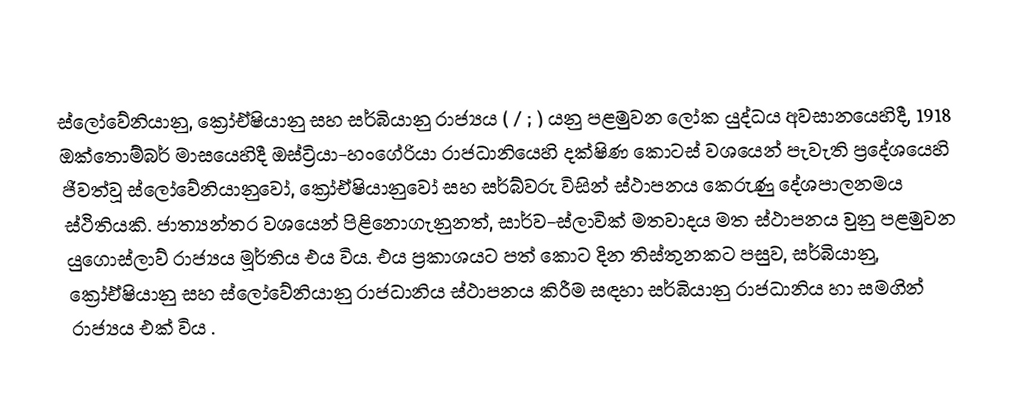
ස්ලෝවේනියානු, ක්‍රෝඒෂියානු සහ සර්බියානු රාජ්‍යය ( / ; ) යනු පළමුවන ලෝක යුද්ධය අවසානයෙහිදී, 1918 ඔක්තොම්බර් මාසයෙහිදී ඔස්ට්‍රියා-හංගේරියා රාජධානියෙහි දක්ෂිණ කොටස් වශයෙන් පැවැති ප්‍රදේශයෙහි ජීවත්වූ ස්ලෝවේනියානුවෝ, ක්‍රෝඒෂියානුවෝ  සහ සර්බ්වරු විසින් ස්ථාපනය කෙරුණු දේශපාලනමය ස්ථිතියකි. ජාත්‍යන්තර වශයෙන් පිළිනොගැනුනත්, සාර්ව-ස්ලාවික් මතවාදය මත ස්ථාපනය වුනු පළමුවන යුගොස්ලාව් රාජ්‍යය මූර්තිය එය විය.  එය ප්‍රකාශයට පත් කොට දින තිස්තුනකට පසුව, සර්බියානු, ක්‍රෝඒෂියානු සහ ස්ලෝවේනියානු රාජධානිය ස්ථාපනය කිරීම සඳහා සර්බියානු රාජධානිය හා සමගින් රාජ්‍යය එක් විය .